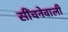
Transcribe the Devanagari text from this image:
सींचनेवाली